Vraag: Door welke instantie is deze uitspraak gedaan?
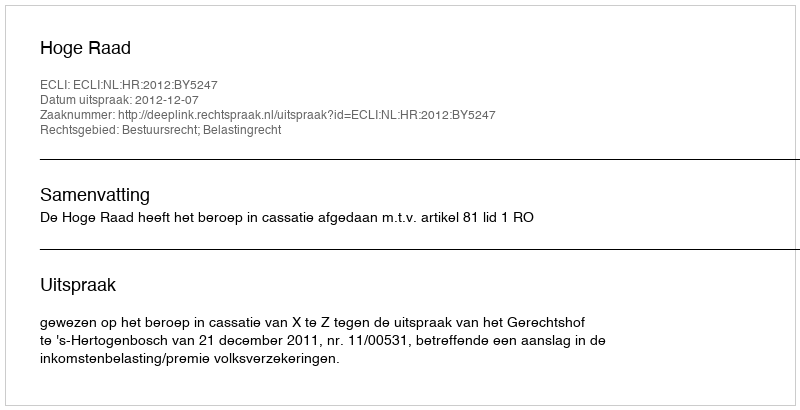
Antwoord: Hoge Raad